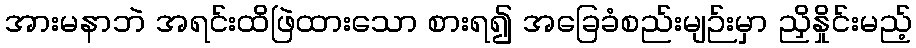
အားမနာဘဲ အရင်းထိဖြဲထားသော စားရ၍ အခြေခံစည်းမျဉ်းမှာ ညှိနှိုင်းမည့်